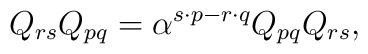
Q_{rs}Q_{pq}=\alpha ^{s\cdot p-r\cdot q}Q_{pq}Q_{rs},